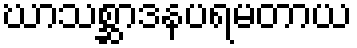
ဃာသစ္ဆာဒနပရမတာယ